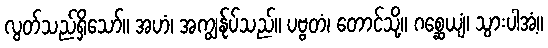
လွတ်သည်ရှိသော်။ အဟံ၊ အကျွန်ုပ်သည်။ ပဗ္ဗတံ၊ တောင်သို့။ ဂစ္ဆေယျံ၊ သွားပါအံ့။